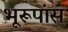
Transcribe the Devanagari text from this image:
भूरूपांस